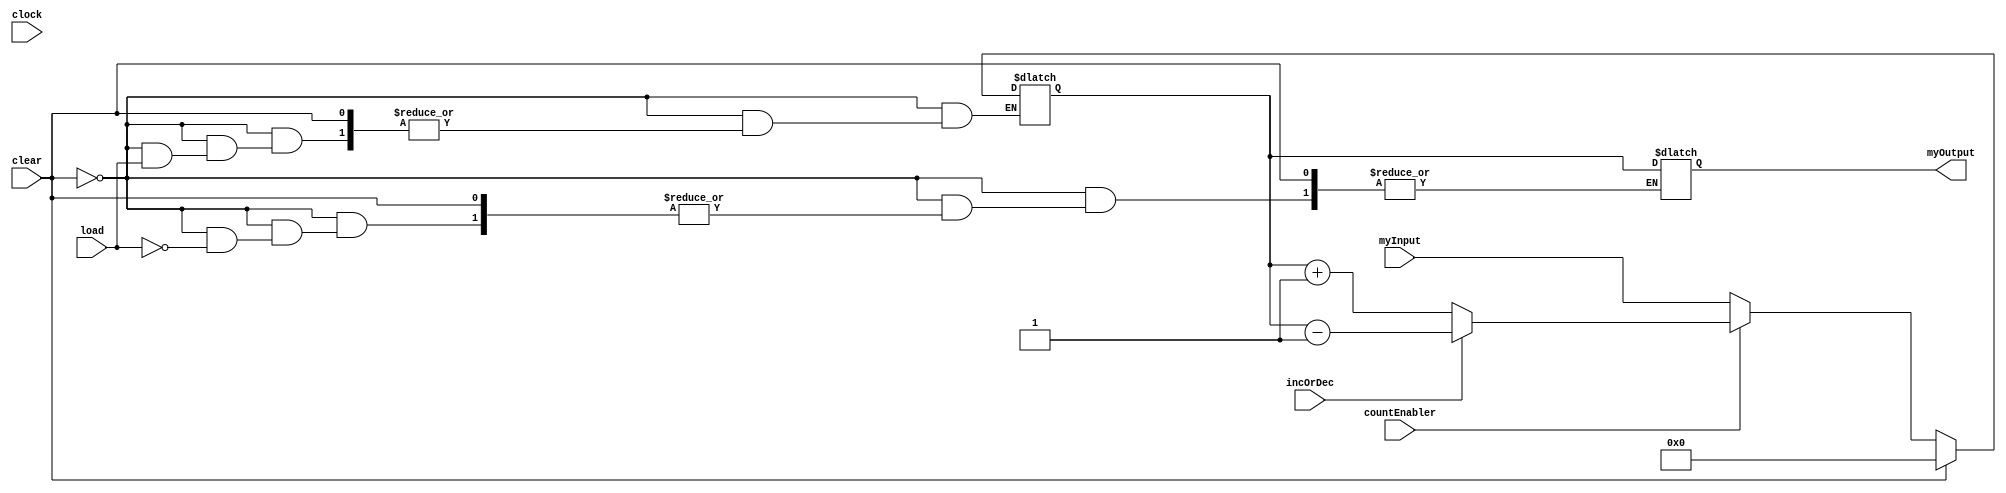
module eightBC(myInput, clear, load, clock, incOrDec, countEnabler, myOutput);
 
	input[7:0] myInput;
	input clear, load, clock, incOrDec, countEnabler;
	output reg[7:0] myOutput;
	reg[7:0] memory = 8'b00000000;
	
	
	always @ (clock)
	//starting
	begin
	if(clear == 1)
	//memory initialize
	memory = 8'b00000000;
	else if(clear == 0)
	begin
	if(load == 1)
	myOutput = memory;
	else if(load == 0)
	begin
	if(countEnabler == 0)
    memory = myInput;
	else if(countEnabler == 1)
	begin
	if(incOrDec == 0)
	//if it doesnt run well at this part use 8'b00000001
	//memory += memory but here gives error so use this
	memory=memory+1;
	else if(incOrDec == 1)
	//like previous problem
	memory=memory-1;
	end
	 end
	  end			
	   end
	
 endmodule